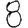
Digit: 8